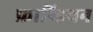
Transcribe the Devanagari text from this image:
फ्राय्डियन